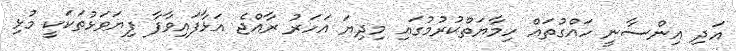
އަދި އިންސާނީ ހައްގުތައް ހިމާޔަތްކުރުމުގައި މިދިޔަ އަހަރު ރާއްޖެ އަޅާފައިވާފާ ފިޔަވަޅުތަކަކީ މުޅި